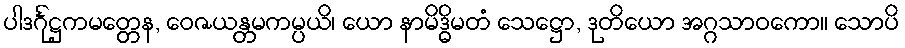
ပါဒင်္ဂုဋ္ဌကမတ္တေန, ဝေဇယန္တမကမ္ပယိ၊ ယော နာမိဒ္ဓိမတံ သေဋ္ဌော, ဒုတိယော အဂ္ဂသာဝကော။ သောပိ